system: You are a helpful assistant.
user:
Analyze the provided spectrum to determine if it is a **Carbon Star (C-type)**.

- **Key Visual Indicators of Carbon Star:**
    - **(Primary):** Strong molecular absorption from **C₂ (diatomic carbon) "Swan Bands."** This is the **defining feature** of a carbon star.
        - **(Key Bandheads):** Sharp absorption edges are visible at approximately $5635$ Å, $5165$ Å (the strongest band), and $4737$ Å.
        - **(Line Profile):** Creates a distinct **"saw-tooth"** pattern. The key morphology is a sharp, steep bandhead on the **red (long-wavelength) side**, which then gradually tapers off (i.e., flux recovers) towards the **blue (short-wavelength) side**. *(This is the direct opposite of the TiO bands seen in M-type stars)*.

    - **(Secondary):** Intense **CN (cyanogen)** molecular absorption bands.
        - **(Key Bandheads):** Located in the blue and violet regions of the spectrum (e.g., near $4215$ Å and $3883$ Å).
        - **(Morphology):** These bands are extremely broad and act as a "blanket," absorbing the vast majority of blue and violet light. This creates a characteristic **"cliff"** or **"steep drop-off"** in the spectrum's flux at short wavelengths.

    - **(Key Confirmation):** Strong **CH absorption band (G-band)**.
        - **(Key Bandhead):** Located around $4300$ Å. The contribution from CH molecules to this band is exceptionally strong.

    - **(Overall Spectrum):**
        - The continuum is severely "chopped up" by these deep molecular bands, especially C₂, rather than appearing as a smooth curve.
        - Due to the heavy CN and C₂ absorption in the blue-green, the vast majority of the star's flux is concentrated in the red part of the spectrum, giving the star its characteristic deep red color.

Think first, call **spectral_visualization_tool** if needed to examine features in detail, then provide your final answer. Your response must adhere to the following strict rules:
1.  **Overall Structure:** Your response must follow the format `<think>...</think> <tool_call>...</tool_call> (if a tool is used) <answer>...</answer>`.
2.  **Tool Usage Constraint:** You may only make **one** tool call per turn.
3.  **Final Answer Format:** In the `<answer>` tag, your conclusion must be inside a `\boxed{}` command (e.g., `\boxed{YES}`), followed by your justification.

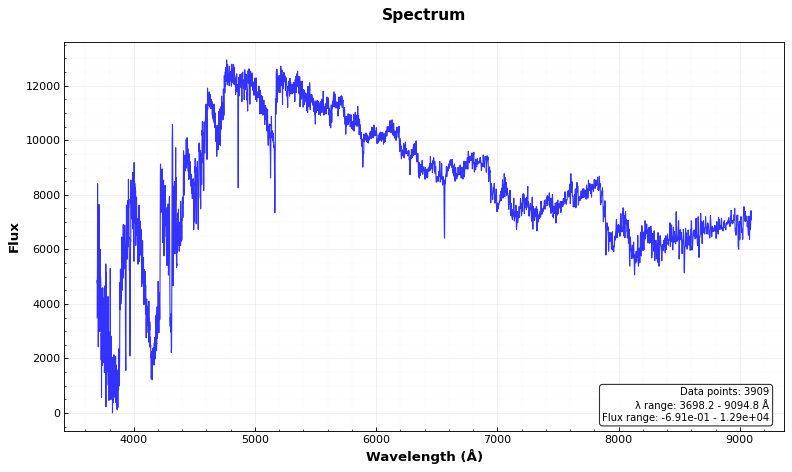
Answer: YES